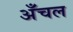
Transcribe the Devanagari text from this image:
अँचल